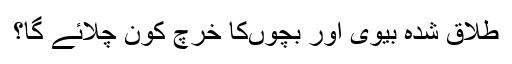
طلاق شدہ بیوی اور بچوںکا خرچ کون چلائے گا؟